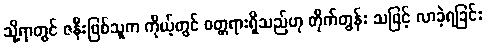
သို့ရာတွင် ဇနီးဖြစ်သူက ကိုယ့်တွင် ဝတ္တရားရှိသည်ဟု တိုက်တွန်း သဖြင့် လာခဲ့ရခြင်း